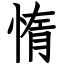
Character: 惰